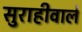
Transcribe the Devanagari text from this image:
सुराहीवाले